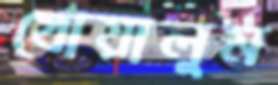
খোয়ালুম